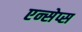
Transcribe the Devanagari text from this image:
एन्सेप्स